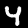
Label: 4